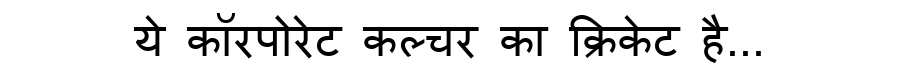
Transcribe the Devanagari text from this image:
ये कॉरपोरेट कल्चर का क्रिकेट है...